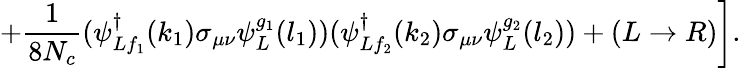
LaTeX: \left.+\frac{1}{8N_{c}}(\psi_{Lf_{1}}^{\dagger}(k_{1})\sigma_{\mu\nu}\psi_{L}^{g_{1}}(l_{1}))(\psi_{Lf_{2}}^{\dagger}(k_{2})\sigma_{\mu\nu}\psi_{L}^{g_{2}}(l_{2}))+\left(L\rightarrow R\right)\right].